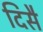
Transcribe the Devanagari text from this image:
दिसै